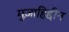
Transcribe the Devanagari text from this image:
मुज़ाहिद्दीन